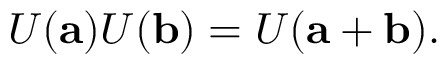
U ( \mathbf { a } ) U ( \mathbf { b } ) = U ( \mathbf { a + b } ) .